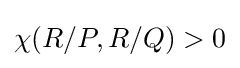
\chi (R/P,R/Q)>0